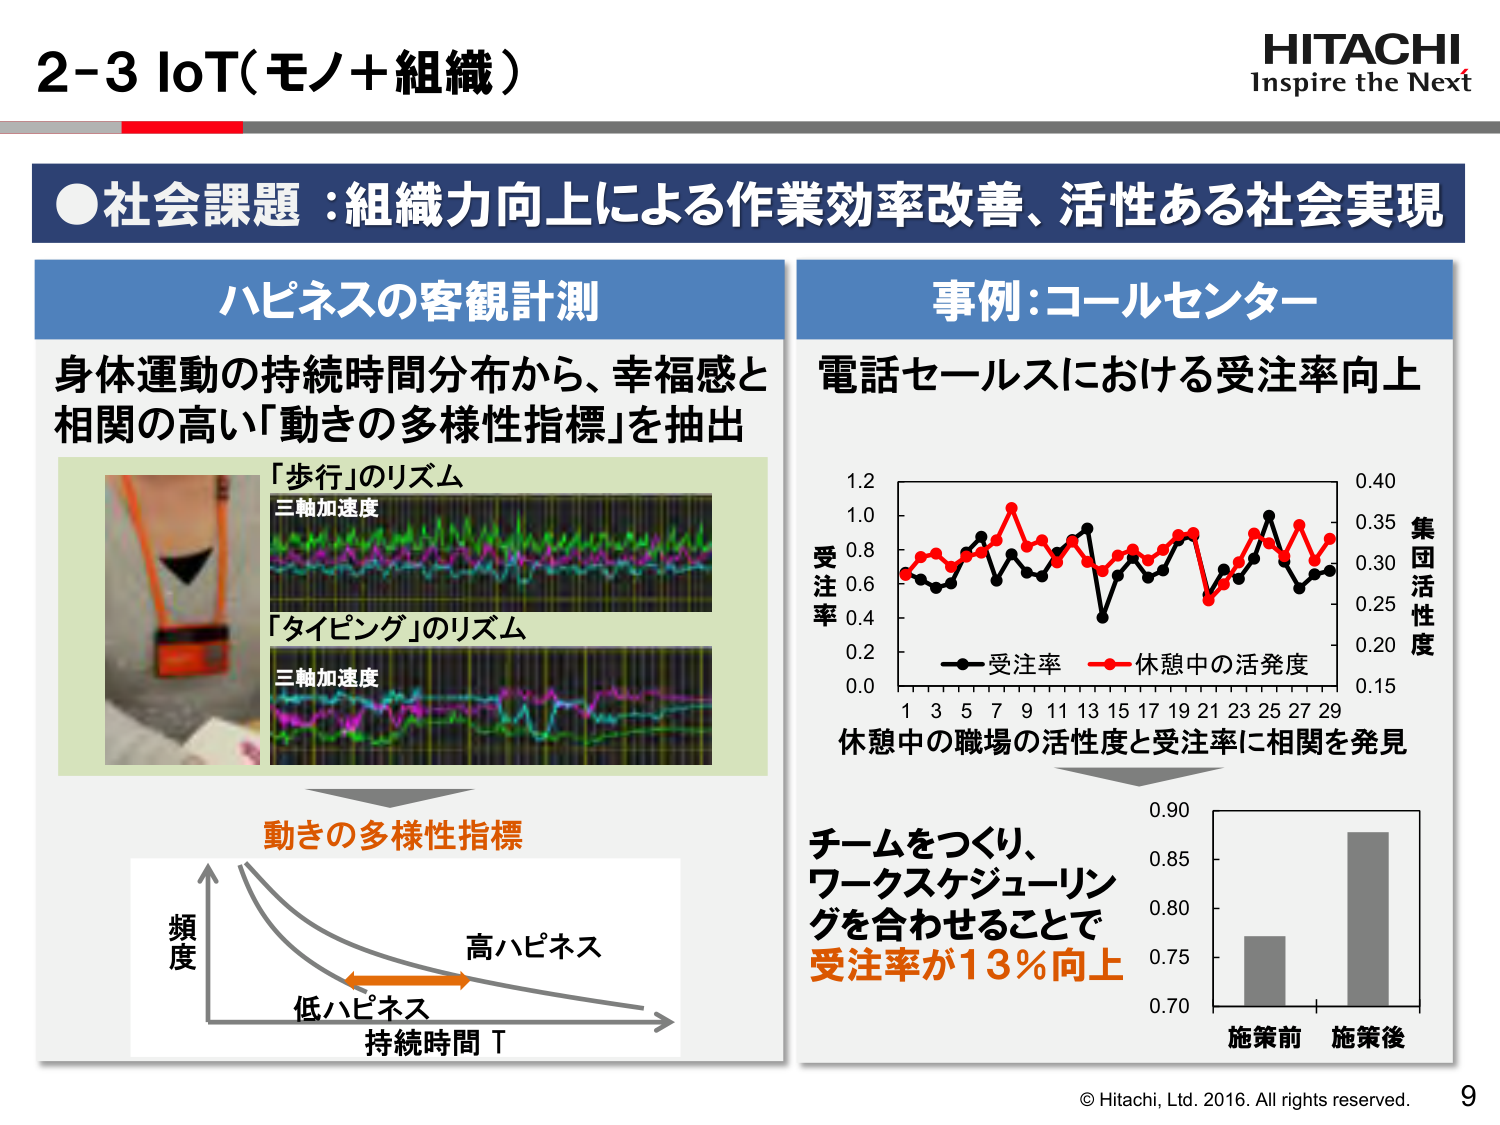
2-3 IoT(モノ+組織)

HITACHI
Inspire the Next

●社会課題：組織力向上による作業効率改善、活性ある社会実現

ハピネスの客観計測
身体運動の持続時間分布から、幸福感と
相関の高い「動きの多様性指標」を抽出

「歩行」のリズム
三軸加速度

「タイピング」のリズム
三軸加速度

動きの多様性指標
頻度
低ハピネス
高ハピネス
持続時間 T

事例：コールセンター
電話セールスにおける受注率向上

受注率
0.0 0.2 0.4 0.6 0.8 1.0 1.2
1 3 5 7 9 11 13 15 17 19 21 23 25 27 29
受注率
休憩中の活発度
集団活性度
0.15 0.20 0.25 0.30 0.35 0.40

休憩中の職場の活性度と受注率に相関を発見

チームをつくり、
ワークスケジューリングを合わせることで
受注率が13％向上

0.70 0.75 0.80 0.85 0.90
施策前 施策後

© Hitachi, Ltd. 2016. All rights reserved.
9